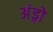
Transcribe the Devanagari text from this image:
अंड्गो